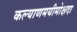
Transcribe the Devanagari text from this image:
कल्याणमयीमोक्षदा